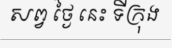
សព្វ ថ្ងៃ នេះ ទីក្រុង